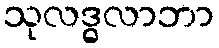
သုလဒ္ဓလာဘာ